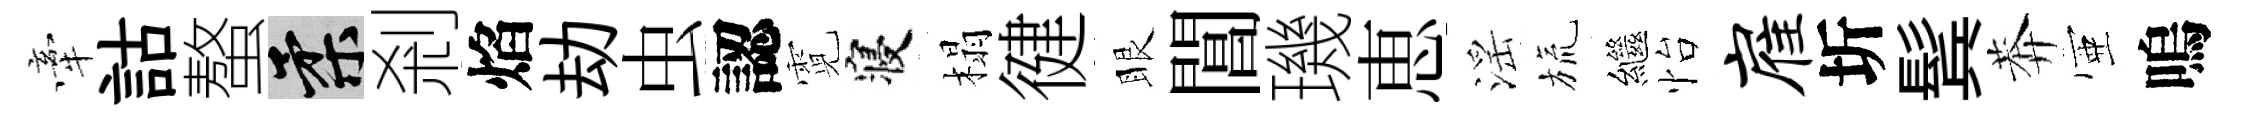
牽詁螯柔剎焰劫虫認霓寝榻徤眼閶璣恵滛旒繼怡雇圻鬂莾壺嗚